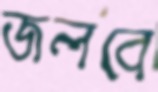
জলবে